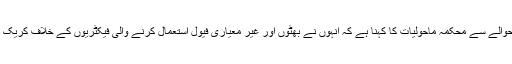
سموگ کے حوالے سے محکمہ ماحولیات کا کہنا ہے کہ انہوں نے بھٹوں اور غیر معیاری فیول استعمال کرنے والی فیکٹریوں کے خلاف کریک ڈاؤن کیا ہے۔